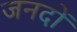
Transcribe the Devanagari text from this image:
जनदों